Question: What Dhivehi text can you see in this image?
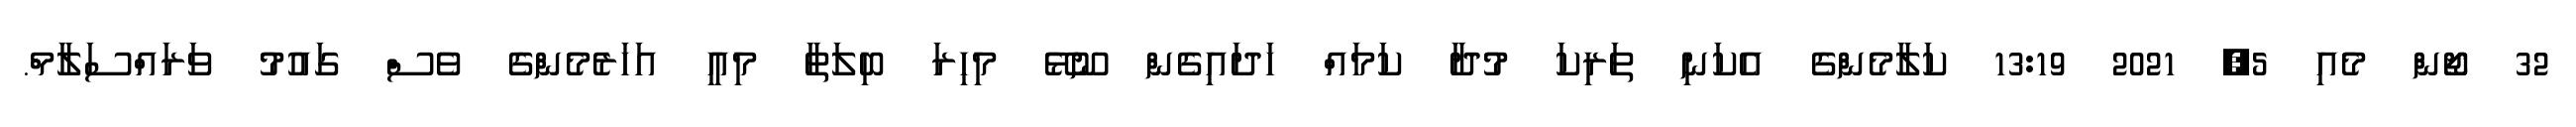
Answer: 32 ޖޯން މެއި 5, 2021 13:19 ކަލާމެންގެ އެކަނި ތަރިކަ މުދާ ކަމައް ހަދައިގެން ނޫޅޭ މިހިރަ ބިލަތާ މިއީ އަހަރެމެންގެ ވެސް ގައުމު ވަރައްސަލާމް.